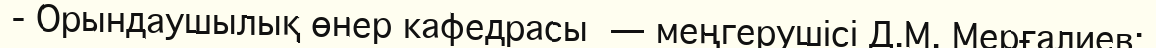
- Орындаушылық өнер кафедрасы  — меңгерушісі Д.М. Мерғалиев;